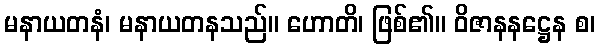
မနာယတနံ၊ မနာယတနသည်။ ဟောတိ၊ ဖြစ်၏။ ဝိဇာနနဋ္ဌေန စ၊